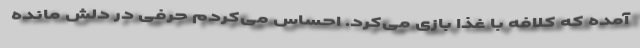
آمده که کلافه با غذا بازی می‌کرد. احساس می‌کردم حرفی در دلش مانده